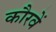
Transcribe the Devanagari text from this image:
कौरवें